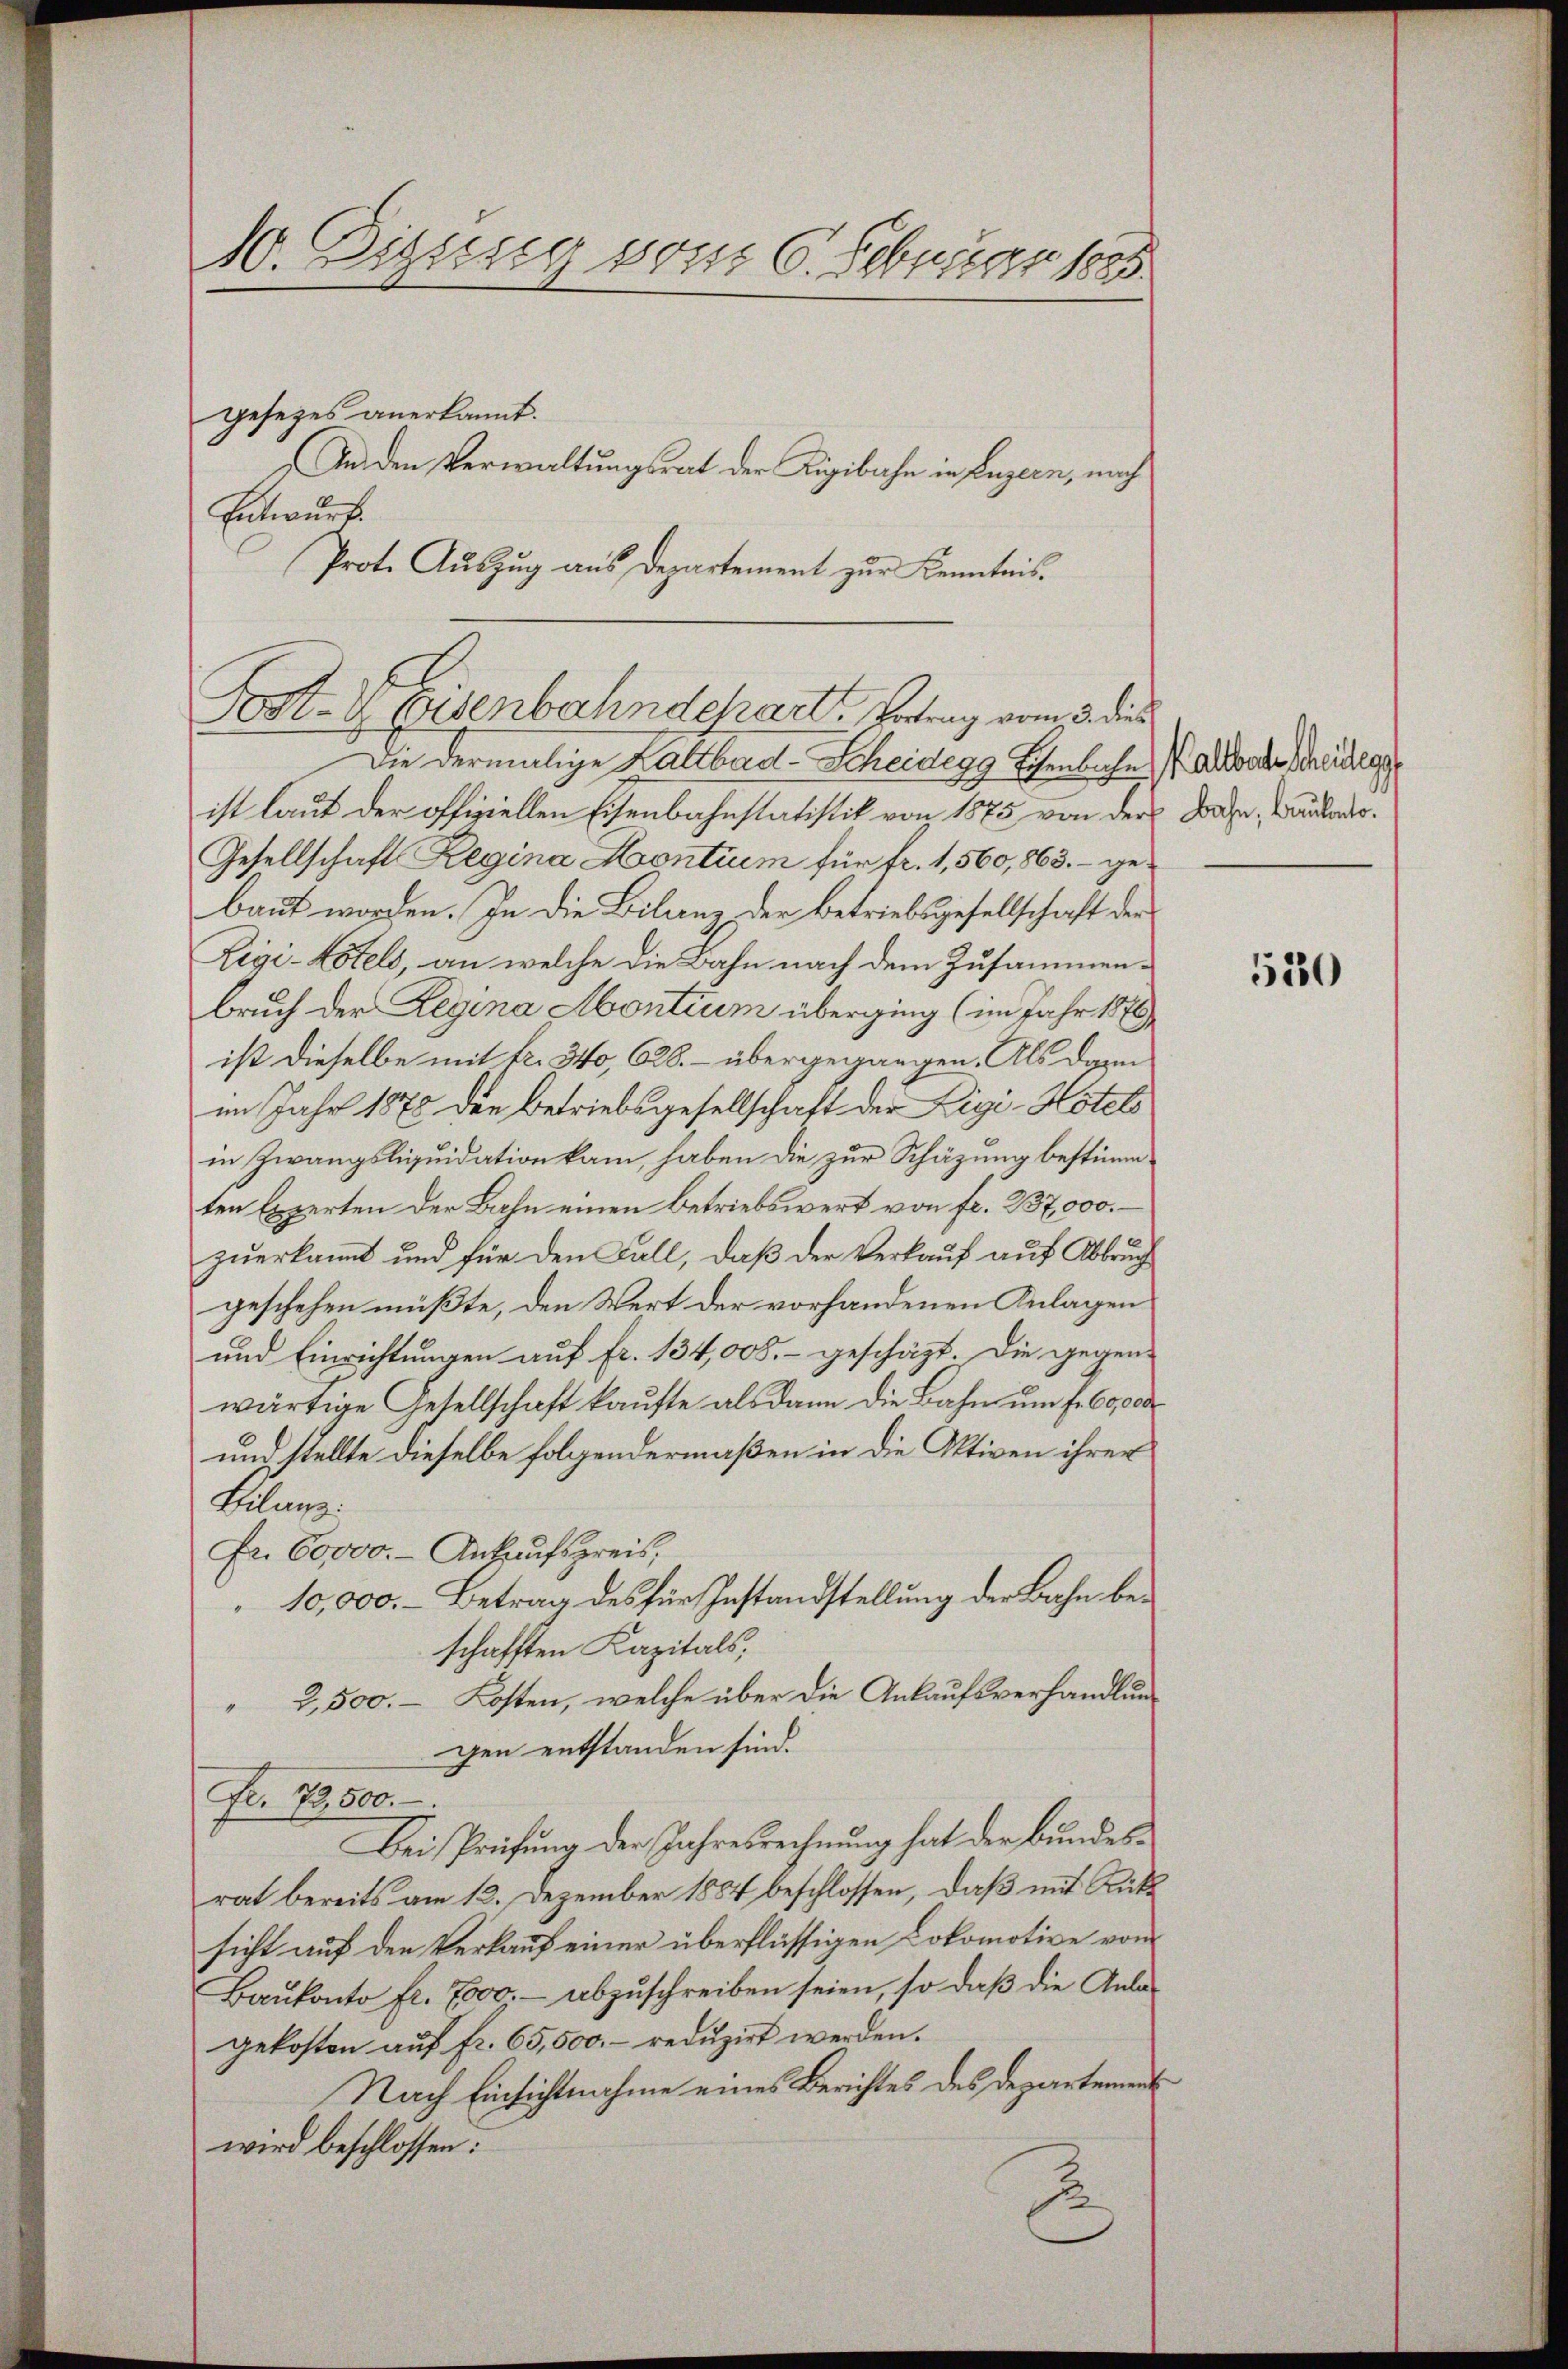
10. Diesig vom 6. Februar 1885

gesezes anerkannt.
Entwurf.
Die dermalige Kallbard-Scheideggs Schenbache alloder Brudels
ist laut der offiziellen Eisenbahnstatistik von 1875 von der Frage, Bauder¬
Gesellschaft Regina Montium für fr. 1,560,863. – gebaut worden. In die Bilanz der Betriebsgesellschaft der
Rigi-Notels, an welche die Bahn nach dem Zusammenbruch der Regina Montium überging (im Jahr 1876
ist dieselbe mit fr. 340, 628. – übergegangen. Als darin
im Jahr 1878 die Betriebsgesellschaft der Ligi-Hotels
in Zwangsliquidation kam, haben die zur Schätzung bestimmten Experten der Bahn einen betriebswert von fr. 237,000.–
zuerkannt und für den Fall, daß der Verkauf auf Abbrug
geschehen müßte, den Wert der vorhandenen Anlagen
und Einrichtungen auf fr. 134,000.- geschäzt. Die gegen-
wärtige Gesellschaft kaŭfte als dann die Bahn ŭm fr. 60,000
und stellte dieselbe folgendermaßen in die Aktiven ihrer
Hilaus:
Fr. 60000. - Ankaufspreis,
10,000.- Betrag des für Instandstellung der Bahn beschafften Kapitals,
" 2,500. - Kosten, welche über die Ankaufsverhandlungen entstanden sind.
Fr. 73,500.
Bei Prüfŭng der Jahresrechnŭng hat der Bŭndes-
rat bereits am 12. Dezember 1884 beschlossen, daß mit Rücksicht auf den Verkauf einer überflüssigen Lokomotive vom
Baukonto fl. 7000.- abzuschreiben seien, so daß die Anlagekosten auf fr. 65,500.- reduzirt werden.
Nach Einsichtnahme eines Berichtes des Departement
wird beschlossen:
.

An den Verwaltungsrat der Rigibahn in Luzern, nach

Prot. Aŭszŭg aŭs Departement zur Kenntnis.
Fost-VEisenbahndchart, Betrag vom 5. dies

520